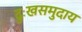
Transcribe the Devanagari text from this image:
दुःखसमुदाय